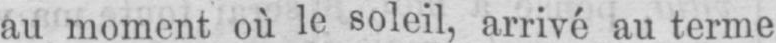
au moment où le soleil, arrivé au terme